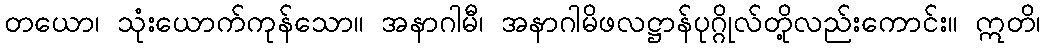
တယော၊ သုံးယောက်ကုန်သော။ အနာဂါမီ၊ အနာဂါမိဖလဋ္ဌာန်ပုဂ္ဂိုလ်တို့လည်းကောင်း။ ဣတိ၊